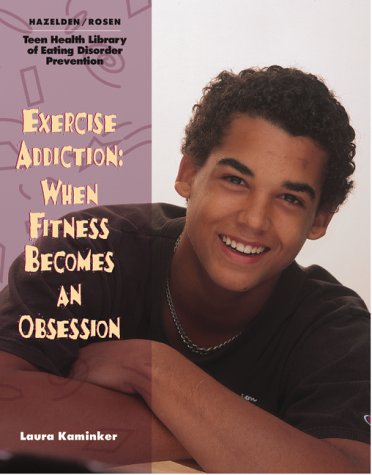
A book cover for Exercise Addiction: When Fitness Becomes an Obsession (The Teen Health Library of Eating Disorder Prevention); Laura Kaminker; Health, Fitness & Dieting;